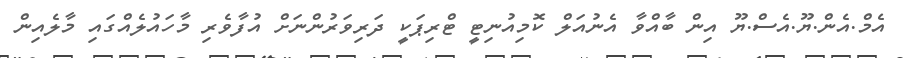
އެމް.އެން.ޔޫ.އެސް.ޔޫ އިން ބާއްވާ އެނުއަލް ކޮމިއުނިޓީ ޓްރިޕަކީ ދަރިވަރުންނަށް އުފާވެރި މާހައުލެއްގައި މާލެއިން